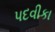
પદવીકા